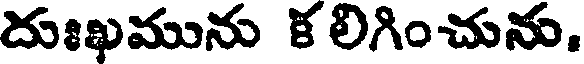
దుఃఖమును క లిగించును.